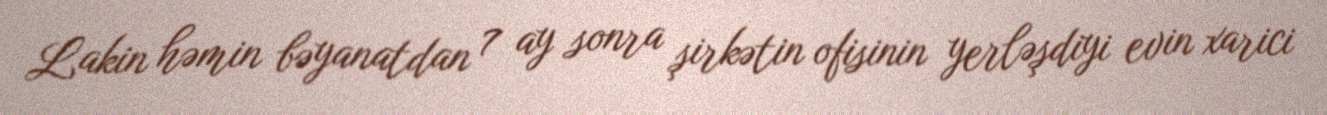
Lakin həmin bəyanatdan 7 ay sonra şirkətin ofisinin yerləşdiyi evin xarici